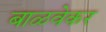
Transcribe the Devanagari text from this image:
बाळवेकर